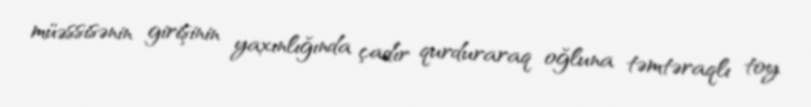
müəssisənin girişinin yaxınlığında çadır qurduraraq oğluna təmtəraqlı toy